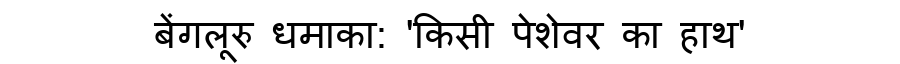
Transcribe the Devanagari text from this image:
बेंगलूरु धमाका: 'किसी पेशेवर का हाथ'